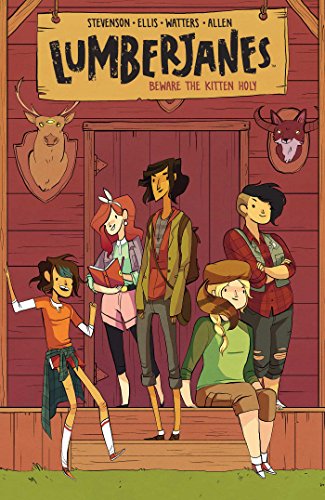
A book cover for Lumberjanes Vol. 1; Noelle Stevenson; Comics & Graphic Novels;